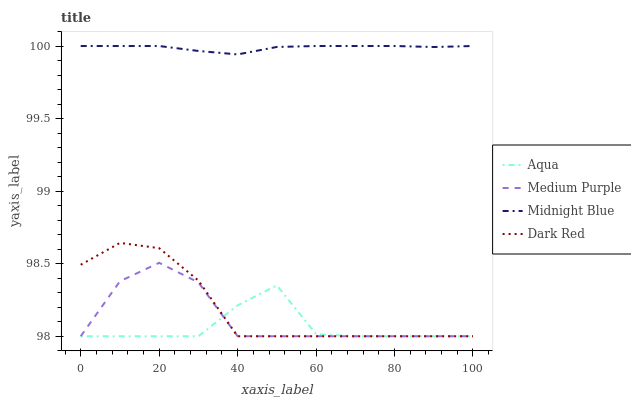
| xaxis_label | Aqua | Medium Purple | Midnight Blue | Dark Red |
 | --- | --- | --- | --- | --- |
 | 0 | 98 | 98 | 100 | 98.5 |
 | 10 | 98 | 98.4 | 100 | 98.6 |
 | 20 | 98 | 98.5 | 100 | 98.6 |
 | 30 | 98 | 98.4 | 100 | 98.4 |
 | 40 | 98.2 | 98 | 99.9 | 98 |
 | 50 | 98.4 | 98 | 100 | 98 |
 | 60 | 98 | 98 | 100 | 98 |
 | 70 | 98 | 98 | 100 | 98 |
 | 80 | 98 | 98 | 100 | 98 |
 | 90 | 98 | 98 | 100 | 98 |
 | 100 | 98 | 98 | 100 | 98 |